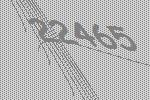
22465